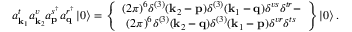
a _ { \mathbf { k } _ { 1 } } ^ { t } a _ { \mathbf { k } _ { 2 } } ^ { v } a _ { \mathbf { p } } ^ { s ^ { \dagger } } a _ { \mathbf { q } } ^ { r ^ { \dagger } } \left\vert 0 \right\rangle = \left\{ \begin{array} { c } { ( 2 \pi ) ^ { 6 } \delta ^ { ( 3 ) } ( \mathbf { k } _ { 2 } - \mathbf { p } ) \delta ^ { ( 3 ) } ( \mathbf { k } _ { 1 } - \mathbf { q } ) \delta ^ { v s } \delta ^ { t r } - } \\ { ( 2 \pi ) ^ { 6 } \delta ^ { ( 3 ) } ( \mathbf { k } _ { 2 } - \mathbf { q } ) \delta ^ { ( 3 ) } ( \mathbf { k } _ { 1 } - \mathbf { p } ) \delta ^ { v r } \delta ^ { t s } } \end{array} \right\} \left\vert 0 \right\rangle .